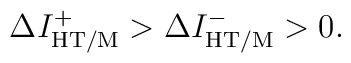
\Delta I^+_{\rm HT/M} > \Delta I^-_{\rm HT/M} > 0.